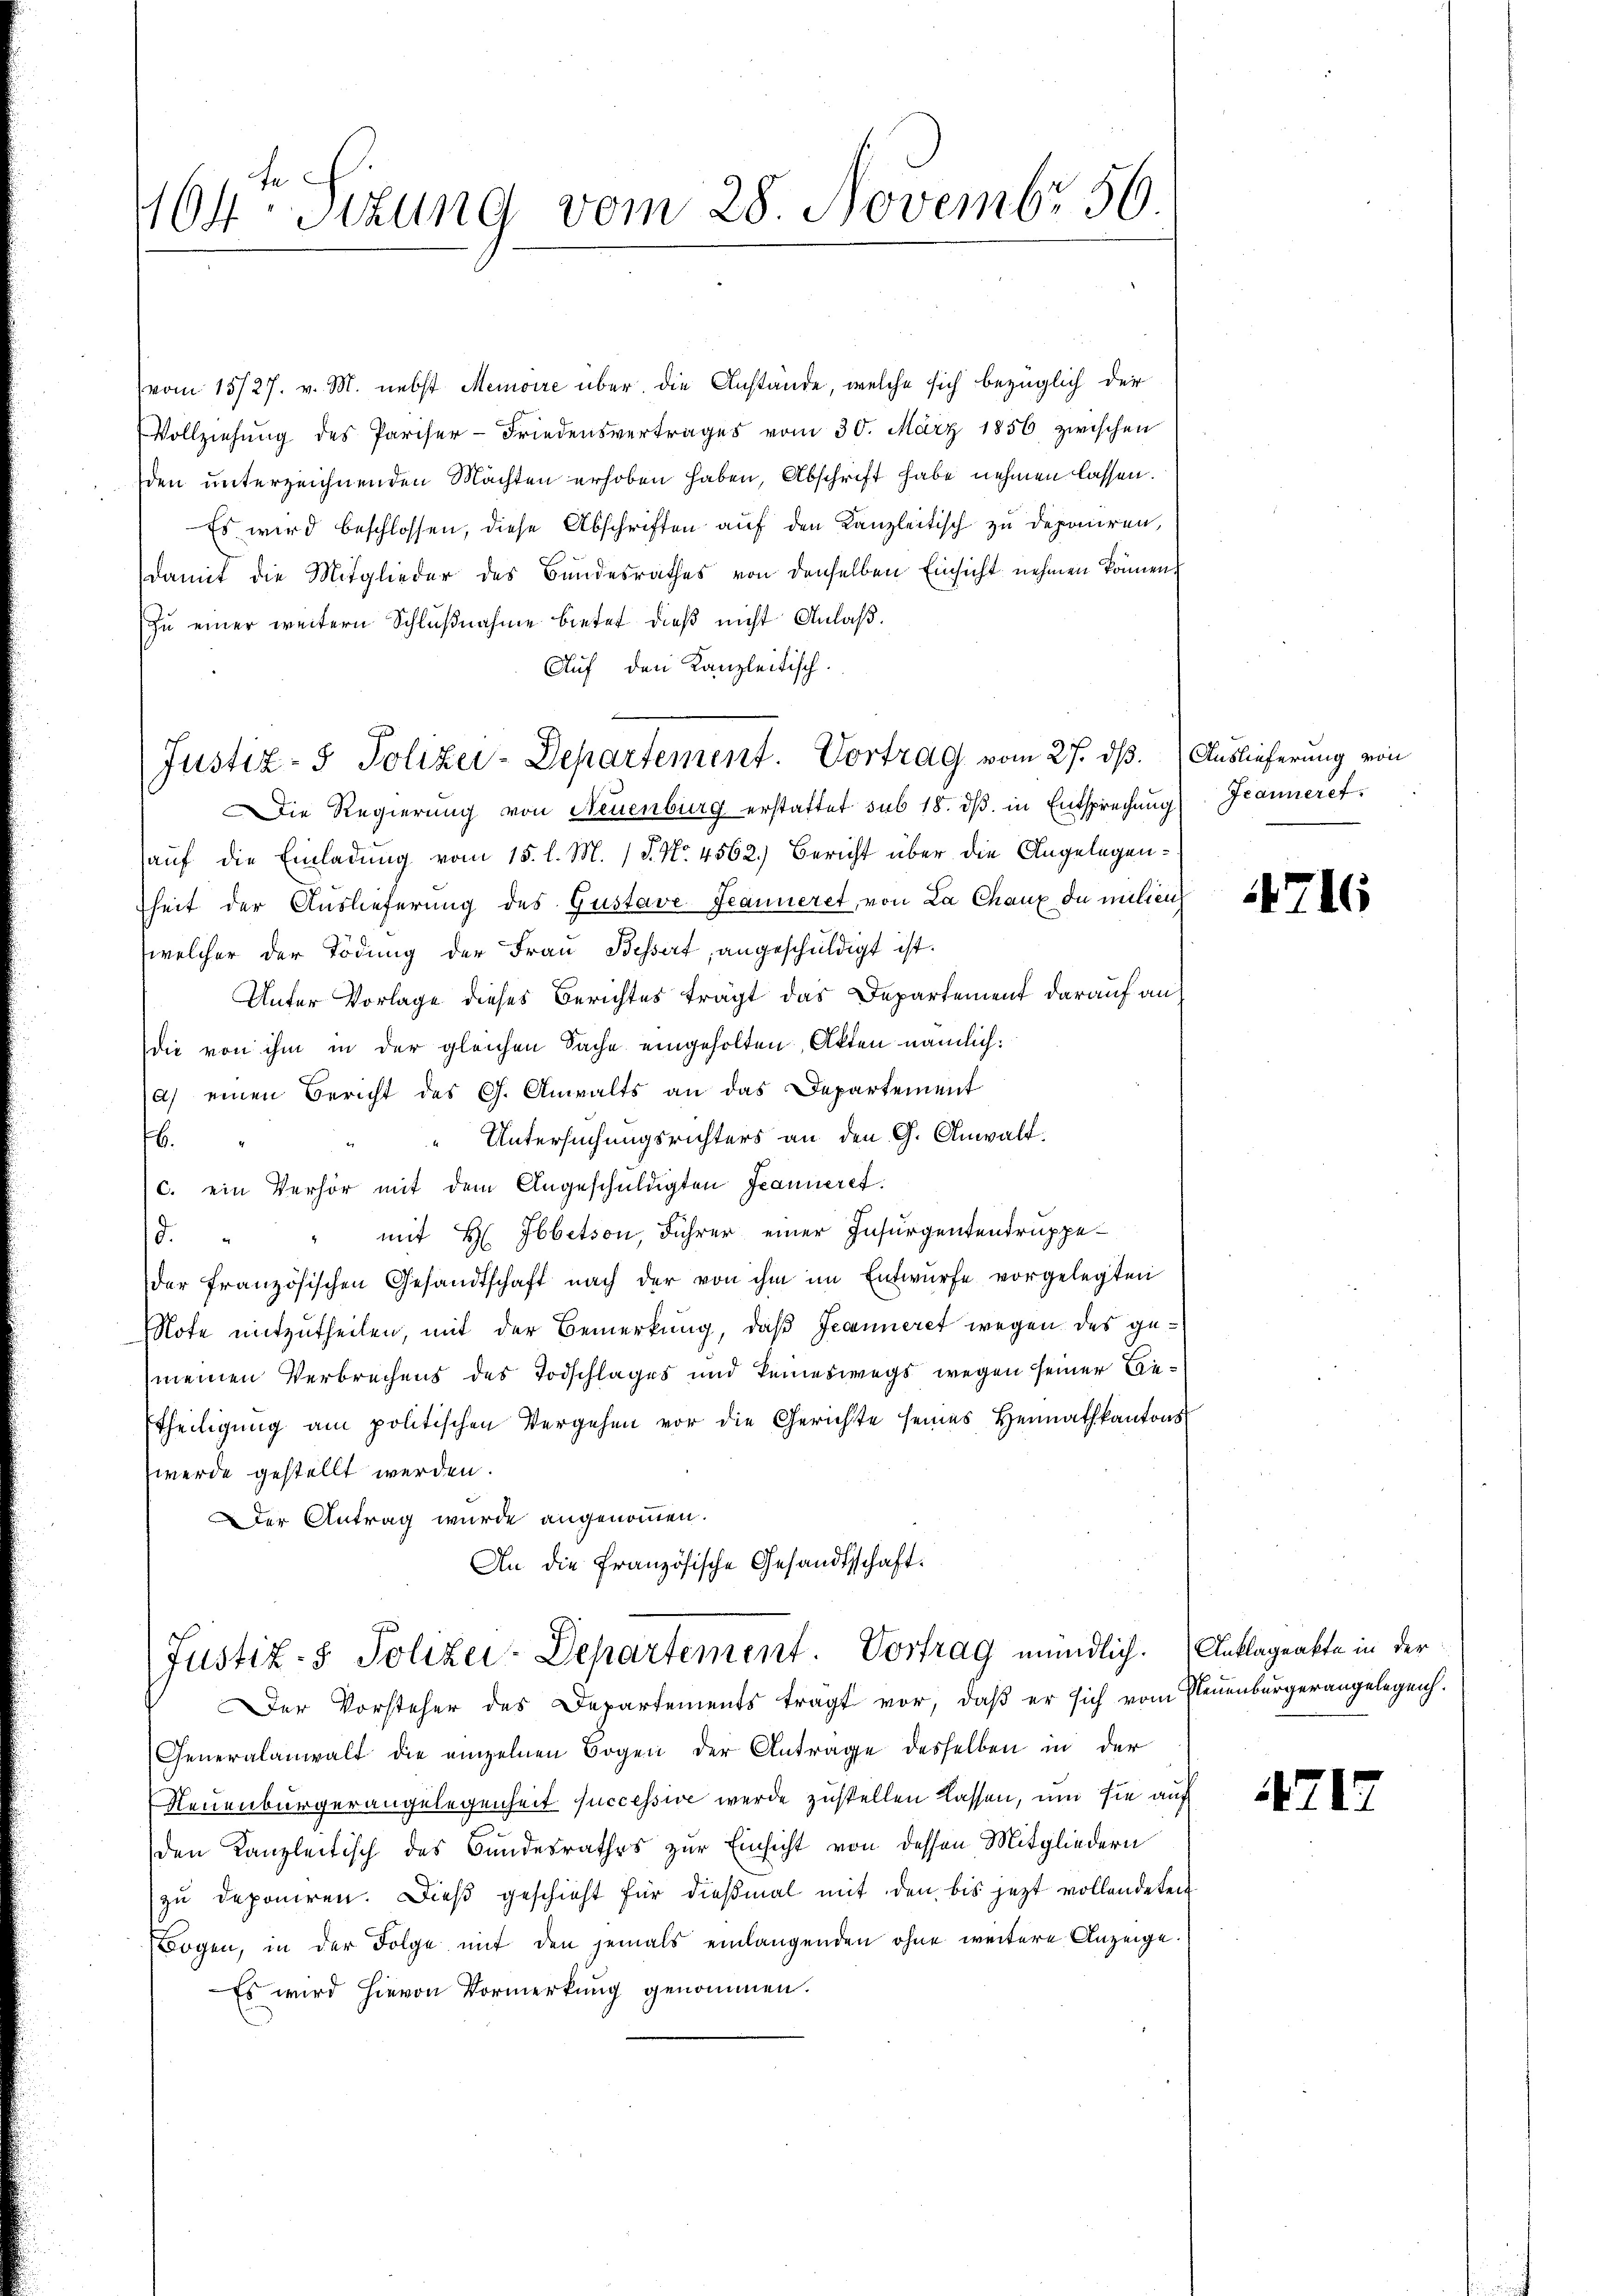
vom 15/27. v. M. nebst Memoire über die Anstände, welche sich bezüglich der
Vollziehung des Pariser-Friedensvertrages vom 30. März 1856 zwischen
den unterzeichnenden Machten erhoben haben, Abschrift habe nehmen lassen.
Es wird beschlossen, diese Abschriften auf den Kanzleitisch zu deponiren,
damit die Mitglieder des Bundesrathes von denselben Einsicht nehmen können.
Zŭ einer weitern Schlŭβnahme bietet, dieβ nicht Anlaß.
Auf den Kanzleitisch.
ie Regierung von Neuenburg erstattet sub 18. dβ in Entsprechŭng Jeanneref
auf die Einladung vom 15. l. M. 18. No. 4562.) Bericht über die Angelegenheit der Auslieferung des Gustave Jeanneret, von La Chaux du milien
welcher der Tödung der Frau Bessert, angeschuldigt ist.
Unter Vorlage dieses Berichtes trägt das Departement darauf an
die von ihm in der gleichen Sache eingeholten, Akten nämlich:
a) einen Bericht des G. Anwalts an das Departement
Untersuchungsrichters an den G. Anwalt.
16.
c. ein Verhör mit dem Angeschuldigten Jeanneret.
mit H. Ibbetson, Führer einer Insurgentendruppe¬
.
der französischen Gesandtschaft nach der von ihm im Entwürfe vorgelegten
Note mitzutheilen, mit der Bemerkung, daß Jecenneret wegen des ge¬
(meinen Verbrechens des Todschlages und keineswegs wegen seiner Lie¬
Etheiligŭng am politischen Vergehen vor die Gerichte seines Heimathkantons
werde gestellt werden.
der Antrag wurde angenommen.
An die französische Gesandtschaft.

164. Situng vom 28. Novembr 56.

Justiz- & Polizei-Departement. Vortrag vom 27. dß. (Auslieferung von

Justiz- & Polizei-Departement. Vortrag mündlich. Anklageakte in der

Der Vorsteher des Departements tragt vor, daß er sich vom Neuenburgerangelegen.
Generalanwalt die einzelnen Bogen der Antrage desselben in der
Neuenburgerangelegenheit successive werde zustellen lassen, um sie auf
den Kanzleitisch des Bundesrathes zur Einsicht von dessen Mitgliedern
zu deponiren. Dieß geschieht für dießmal mit den bis jezt vollendeten
Bogen, in der Folge mit den jemals einlangenden ohne weitere Anzeige.
Es wird hievon Vormerkung genommen.

4716

71.